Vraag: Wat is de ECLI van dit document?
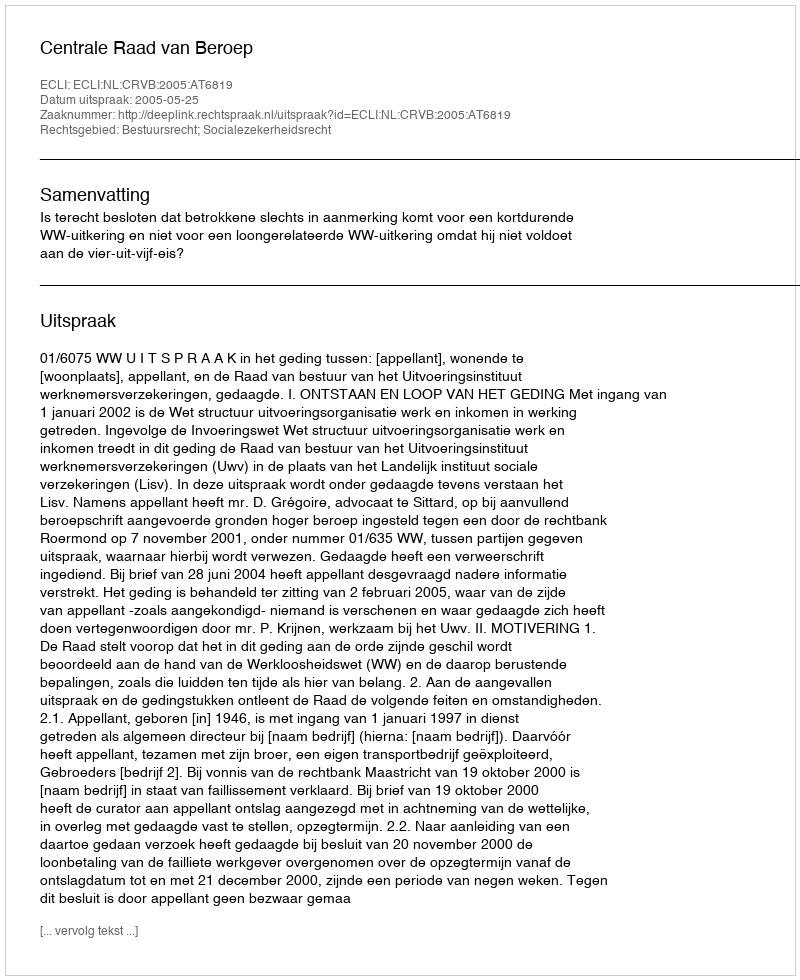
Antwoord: ECLI:NL:CRVB:2005:AT6819